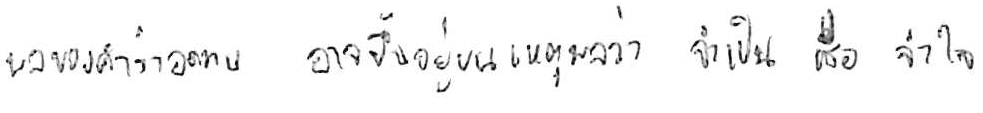
ผลของคำว่า อดทน อาจขึ้นอยู่บนเหตุผลว่า จำเป็น หรือ จำใจ